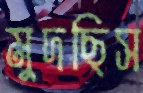
মুদছিস